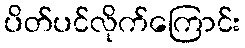
ပိတ်ပင်လိုက်ကြောင်း